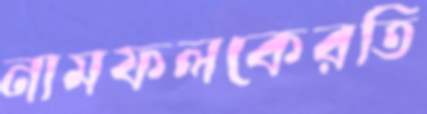
নামফলকেরতি